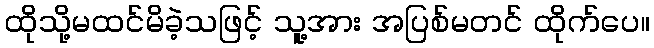
ထိုသို့မထင်မိခဲ့သဖြင့် သူ့အား အပြစ်မတင် ထိုက်ပေ။